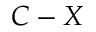
C - X